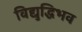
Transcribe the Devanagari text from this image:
विद्युद्धिभव